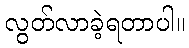
လွတ်လာခဲ့ရတာပါ။